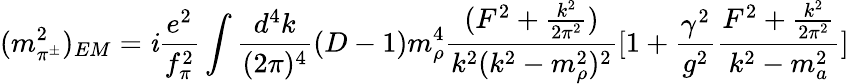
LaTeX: (m_{\pi^{\pm}}^{2})_{EM}=\mathit{i}{\frac{{e^{2}}}{{f_{\pi}^{2}}}}\int\frac{{d^{4}k}}{{(2\pi)^{4}}}(D-1)m_{\rho}^{4}{\frac{{{(F^{2}+{\frac{{k^{2}}}{{2\pi^{2}}}})}}}{{{k^{2}(k^{2}-m_{\rho}^{2})^{2}}}}}[1+{\frac{{\gamma^{2}}}{{g^{2}}}}{\frac{{{F^{2}+{\frac{{k^{2}}}{{2\pi^{2}}}}}}}{{{k^{2}-m_{a}^{2}}}}}]